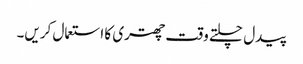
پیدل چلتے وقت چھتری کا استعمال کریں۔